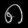
Digit: ၈